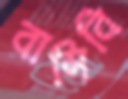
বাসিবি